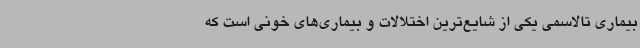
بیماری تالاسمی یکی از شایع‌ترین اختلالات و بیماری‌های خونی است که